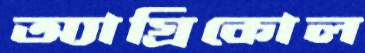
অ্যাগ্রিকোল